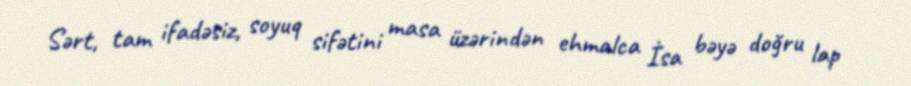
Sərt, tam ifadəsiz, soyuq sifətini masa üzərindən ehmalca İsa bəyə doğru lap